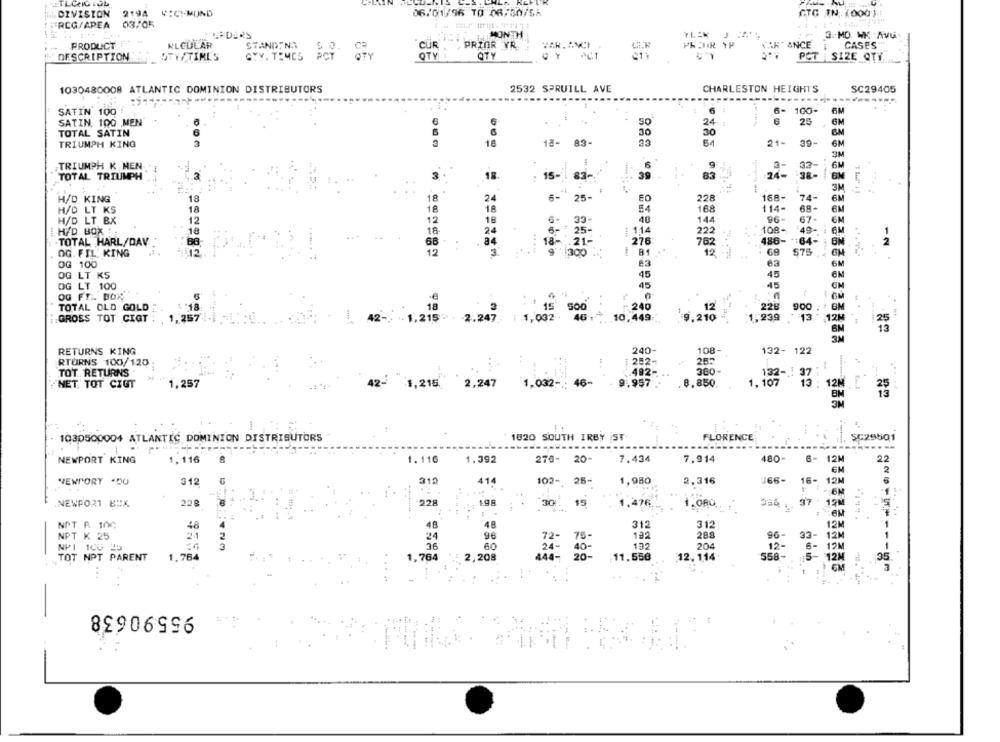
ATLGRIGIOL
DIVISION 219A V:CI-MUND
06/01/96 TO 06/50/6A
CTG IN (000).
"RCG/APEA 08/05
ORDERS
MONEDA
TLAK
3. MO WK Avui
PRODUCT
KLCULAR
STANDING
CUR
PRIOR YR.
CHR
IF " ANCE
CASES
DESCRIPTION
OTY/TIME'S
GYY. TIMES PCT
OTY
OTY
PCT SIZE QTY
1030480008 ATLANTIC DOMINION DISTRIBUTORS
2532 SPRUILL AVE
CHARLESTON HEIGHTS
SC29405
SATIN 100
6
6- 100-
6M
SATIN. 100 MEN
€
24 :
6
25
6M
TOTAL SATIN
30
30
18-
83-
21- 39-
TRIUMPH KING
18
6M
TRIUMPH K MEN
33
TOTAL TRIUMPH
3
18
15.
83
24-
38-
-
H/D KING
18
18
25
EC
228
168-
74
1A
18
E4
114-
H/D LT KS
168
68-
H/D LT BX
12
12
48
144
96-
67
H/D BOX !!
18
114
222
108-
18
.TOTAL HARL/DAV
68
276
762
486 -*: 64-
2
OG. FIL. KING
. .....
12
81
12
69
575 . GM
OG 100
83
OG LT KS
45
45
DG LT 100
45
45
OG FR. BOX
..
18
228
900 : * GM
TOTAL OLD GOLD
.18
3
15
500
240
12
GROSS TOT CIGT ;
1,257
42-
1,215 . . 2.247. 1 1,032
10,449
9.210
1,239
: 13
: 13. 12M
240-
108-
RETURNS KING
132- 122
RTURNS 100/120
282-
252
TOT RETURNS.
492-
360
132- 37 ;
44
NET. TOT CIGT
1,257
42- 1,215
2,247
1.032 -:
: 46-
9.957.
8.850
1, 107
13 : 12M [
13
1030500004 ATLANTIC DOMINION DISTRIBUTORS
1820 SOUTH IRBY ST
FLORENCE
SC29501
-----
NEWPORT KING
1, 116
1.116
1.392
278-
20-
7.434
7,914
480-
6- 12M
22
2
NEWPORT .DU
312
319
41
102-
25-
1,980
2.316
366-
16- 12M
.NEWPORT BOX
22g
-228
1.9
30
15
1,476
1.080
37
19M
NOT R 100
48
48
48
312
312
12M
NPT K 25
21
192
288
96-
33-
72
75
12M
NPI 100 25
60
24
40
132
204
12-
19 M
TOT NPT PARENT
1.764
2,208
444-
20-
11.556
12. 114
558-
15- 12M
35
1, 764
12M
EM
95590638